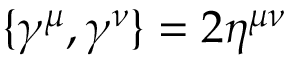
\{ \gamma ^ { \mu } , \gamma ^ { \nu } \} = 2 \eta ^ { \mu \nu }